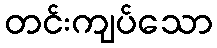
တင်းကျပ်သော